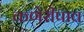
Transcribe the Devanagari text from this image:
कणेरीपाव